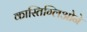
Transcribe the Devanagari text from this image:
कास्तिग्लिओने